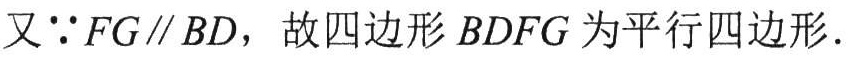
又$\because FG\parallel BD$，故四边形$BDFG$为平行四边形.